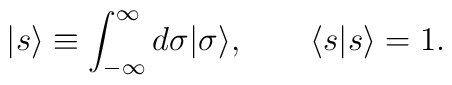
|s\rangle \equiv \int _{-\infty }^{\infty } d\sigma |\sigma \rangle ,  \qquad \langle s|s\rangle = 1.